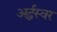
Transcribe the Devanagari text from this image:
अर्द्धस्वर